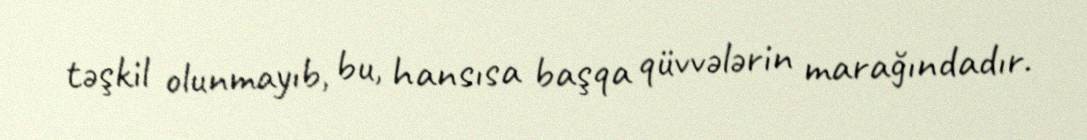
təşkil olunmayıb, bu, hansısa başqa qüvvələrin marağındadır.